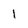
Character: 1